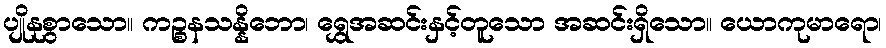
ပျိုနုစွာသော။ ကဉ္စနသန္နိဘော၊ ရွှေအဆင်းနှင့်တူသော အဆင်းရှိသော။ ယောကုမာရော၊